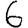
Digit: 6